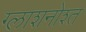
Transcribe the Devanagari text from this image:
ग्लाशनोश्त